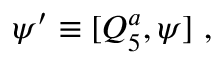
\psi ^ { \prime } \equiv [ Q _ { 5 } ^ { a } , \psi ] \ ,